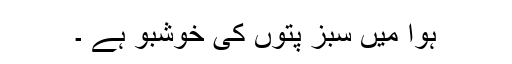
ہوا میں سبز پتّوں کی خوشبو ہے ۔